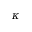
\kappa